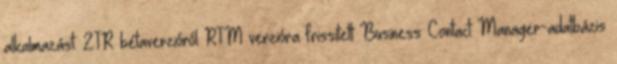
alkalmazást. 2TR bétaverzióról RTM verzióra frissített Business Contact Manager-adatbázis